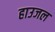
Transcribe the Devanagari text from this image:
हाउजल